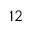
1 2